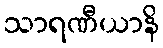
သာရဏီယာနိ